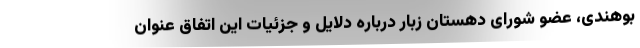
بوهندی، عضو شورای دهستان زبار درباره دلایل و جزئیات این اتفاق عنوان